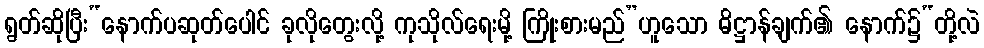
ရွတ်ဆိုပြီး“နောက်ပဆုတ်ပေါင် ခုလိုတွေးလို့ ကုသိုလ်ရေးမို့ ကြိုးစားမည်”ဟူသော ဓိဋ္ဌာန်ချက်၏ နောက်၌“တို့လဲ